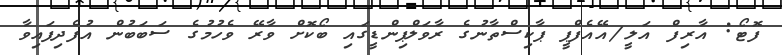
ފޮޓޯ: އާރިފް އަލީ/އޭއެފްޕީ ޕާކިސްތާނުގެ ރާވަލްޕިންޑީގައި ބޯކޮށް ވާރޭ ވެހުމުގެ ސަބަބުން އުފެދިފައިވާ